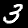
Label: 3